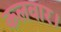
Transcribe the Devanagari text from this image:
कलवार।